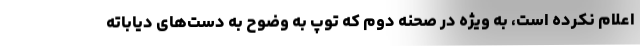
اعلام نکرده است، به ویژه در صحنه دوم که توپ به وضوح به دست‌های دیاباته